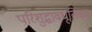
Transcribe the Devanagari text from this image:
परिशुद्धावधूतिका